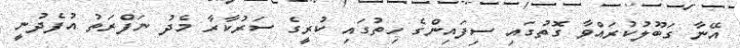
އޭނާ ގަބޫލުކުރައްވާ ގޮތުގައި ސިފައިންގެ ހިތުގައި ކުރީގެ ސަރުކާރާ މެދު ނަފްރަތު އުފެދުނީ